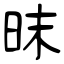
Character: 昩